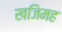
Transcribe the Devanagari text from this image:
खजिमह